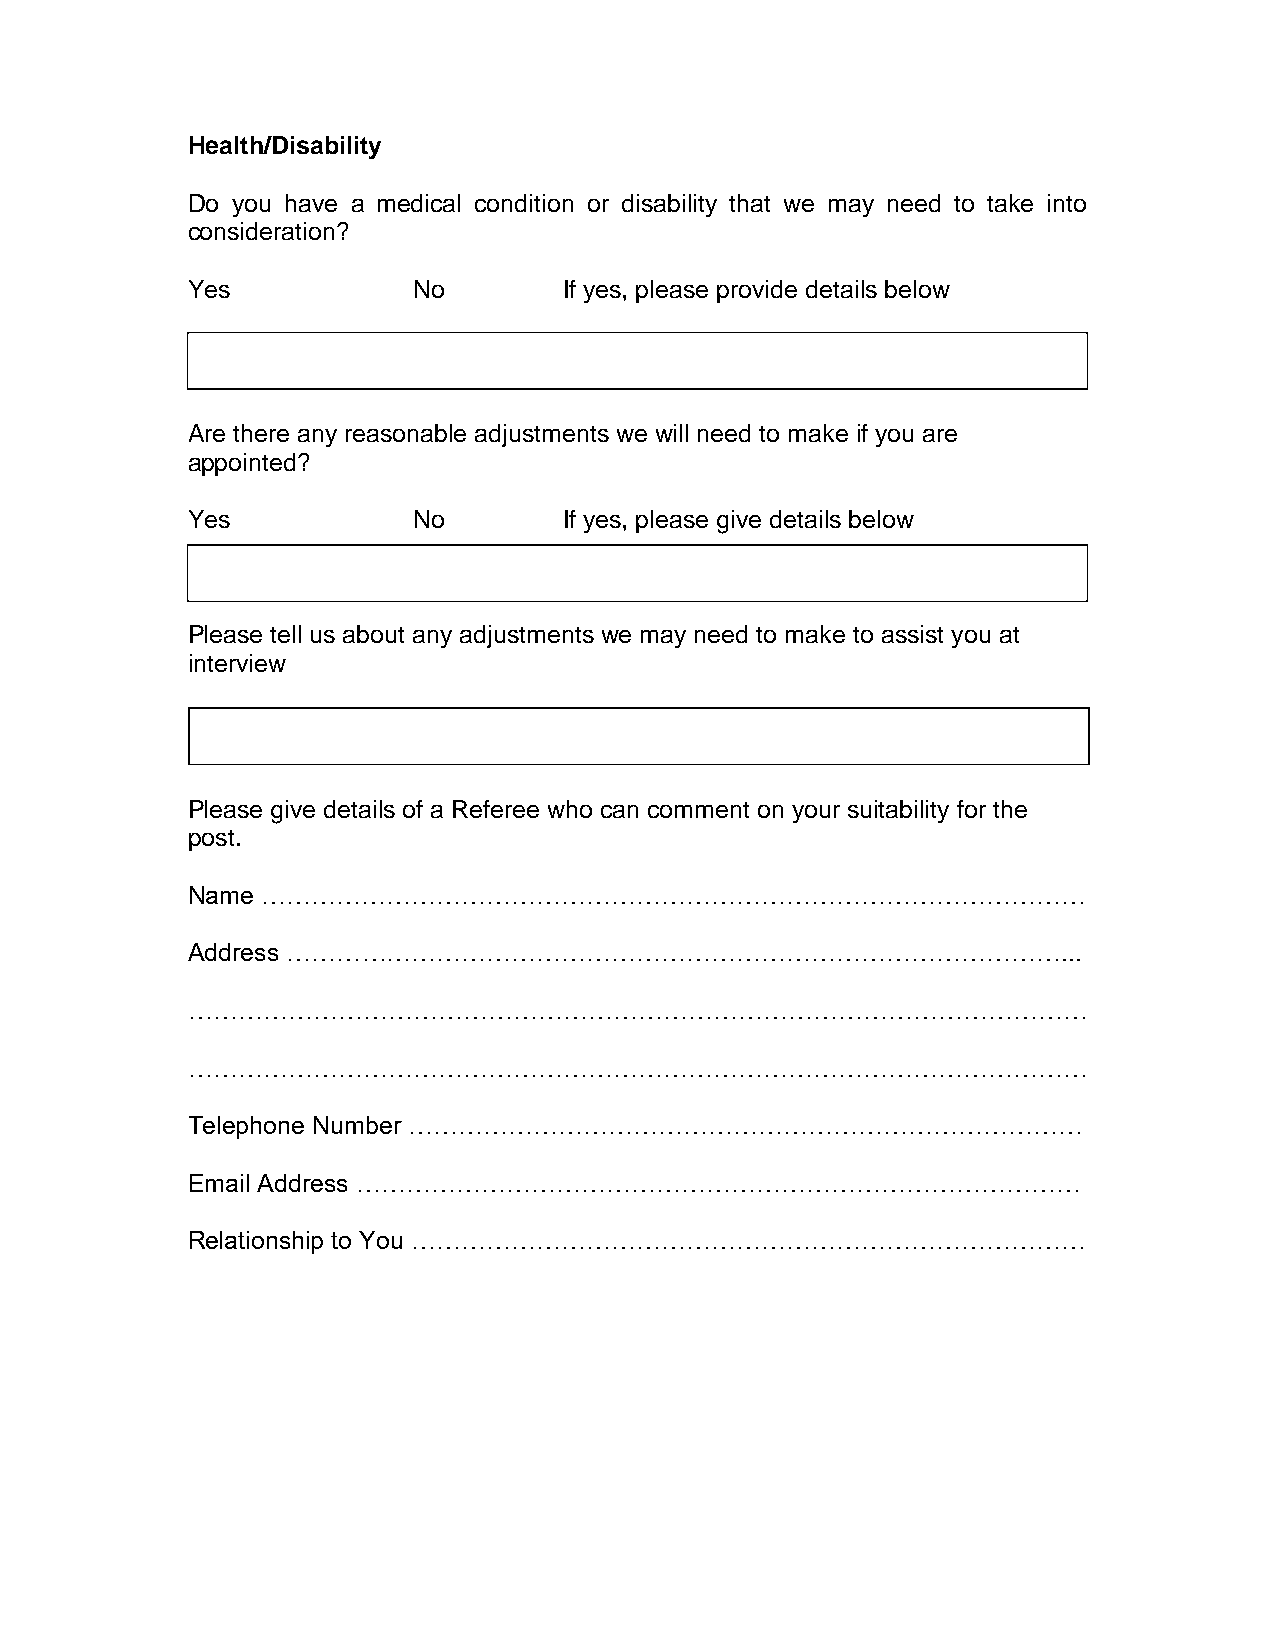
Health/Disability
 Do you have a medical condition or disability that we may need to take into
 consideration?
 Yes            No        If yes, please provide details below
 Are there any reasonable adjustments we will need to make if you are
 appointed?
 Yes            No        If yes, please give details below
 Please tell us about any adjustments we may need to make to assist you at
 interview
 Please give details of a Referee who can comment on your suitability for the
 post.
 Name ………………………………………………………………………………………
 Address …………………………………………………………………………………...
 ………………………………………………………………………………………………
 ………………………………………………………………………………………………
 Telephone Number ………………………………………………………………………
 Email Address ……………………………………………………………………………
 Relationship to You ………………………………………………………………………